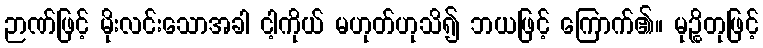
ဉာဏ်ဖြင့် မိုးလင်းသောအခါ ငါ့ကိုယ် မဟုတ်ဟုသိ၍ ဘယဖြင့် ကြောက်၏။ မုဉ္စိတုဖြင့်